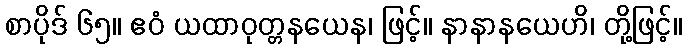
စာပိုဒ် ၆၅။ ဧဝံ ယထာဝုတ္တနယေန၊ ဖြင့်။ နာနာနယေဟိ၊ တို့ဖြင့်။